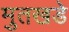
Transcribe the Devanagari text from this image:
मुतखडे